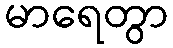
မာရေတွာ